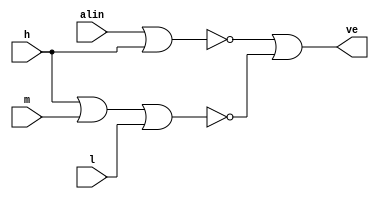
// Declarao do modulo
module ValvulaEntrada(h, m, l, alin, ve);

	// Declarao de portas
	input h, m, l, alin;
	output ve;
	
	// Declarao de fios intermedirios
	wire w1, w2;
	
	// Lgica do Circuito
	nor nor0 (w1, alin, h);
	nor nor1 (w2, h, m, l);
	or or0 (ve, w1, w2);
	
endmodule